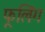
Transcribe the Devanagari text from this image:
फूलिंग